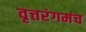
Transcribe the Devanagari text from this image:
वृत्तरंगमंच